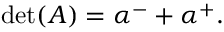
\operatorname* { d e t } ( A ) = \alpha ^ { - } + \alpha ^ { + } .